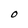
Character: 0